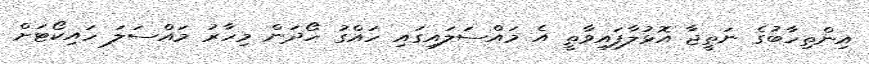
އިންތިހާބުގެ ނަތީޖާ އޮޅުލާފައިވާތީ އެ މައްސަލައިގައި ހައްގު ހޯދަން މިހާރު މައްސަލަ ހައިކޯޓަށް